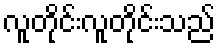
လူတိုင်းလူတိုင်းသည်